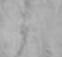
か